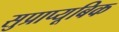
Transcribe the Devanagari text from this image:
सुप्राप्यूबिक